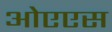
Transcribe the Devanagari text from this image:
ओएएस